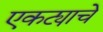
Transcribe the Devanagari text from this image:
एकट्याचे